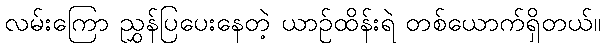
လမ်းကြော ညွှန်ပြပေးနေတဲ့ ယာဉ်ထိန်းရဲ တစ်ယောက်ရှိတယ်။